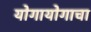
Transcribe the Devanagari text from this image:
योगायोगाचा